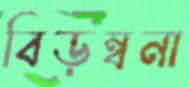
বিড়ম্বনা